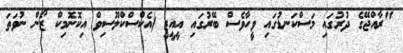
"ރާއްޖޭގެ ދުރުގައި މަސްކަނޑުގައި ވީހާވެސް ބޭރުގައި އީއީޒީ (އެކްސްކްލޫސިވް އިކޮނޮމިކް ޒޯން ނުވަތަ